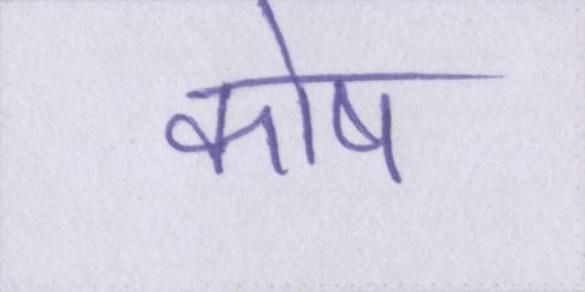
कोष